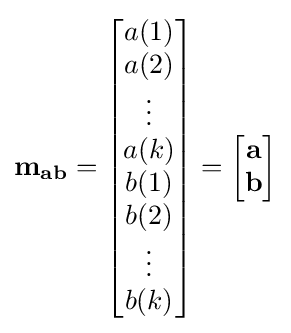
\mathbf {m_{ab}} ={\begin{bmatrix}a(1)\\a(2)\\\vdots \\a(k)\\b(1)\\b(2)\\\vdots \\b(k)\end{bmatrix}}={\begin{bmatrix}\mathbf {a} \\\mathbf {b} \end{bmatrix}}